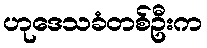
ဟုဒေသခံတစ်ဦးက